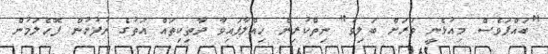
"ބައްޕަވެސް މިއުޅެނީ ވަރަށް ބަލިވެ" ނިތްކުރިން ހިއްލާފައިވާ ދާތިކިތައް އަތުގެ ނުފުށުން ފޮހެލަމުން